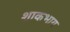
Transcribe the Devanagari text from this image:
शाकभाग